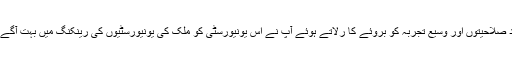
اپنی خداداد صلاحیتوں اور وسیع تجربہ کو بروئے کا رلاتے ہوئے آپ نے اس یونیورسٹی کو ملک کی یونیورسٹیوں کی رینکنگ میں بہت آگے پہنچا دیا۔